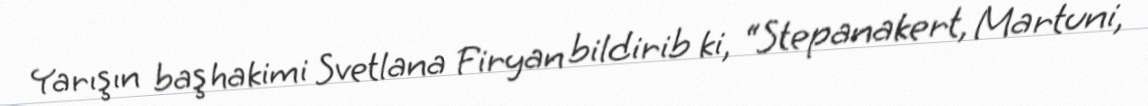
Yarışın baş hakimi Svetlana Firyan bildirib ki, “Stepanakert, Martuni,